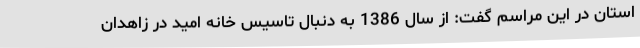
استان در این مراسم گفت: از سال 1386 به دنبال تاسیس خانه امید در زاهدان